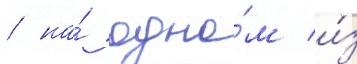
/ на́ одно́м и́з